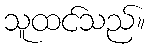
သူထင်သည်။